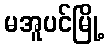
မအူပင်မြို့